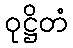
ဝုဋ္ဌိတံ